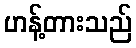
ဟန့်တားသည်